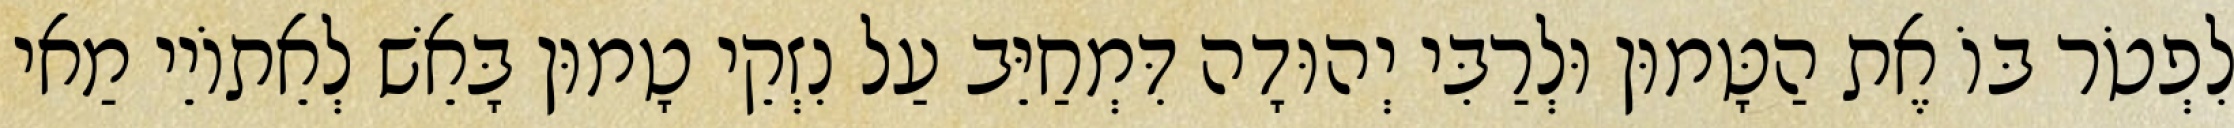
לִפְטֹר בּוֹ אֶת הַטָּמוּן וּלְרַבִּי יְהוּדָה דִּמְחַיֵּב עַל נִזְקֵי טָמוּן בָּאֵשׁ לְאֵתוֹיֵי מַאי